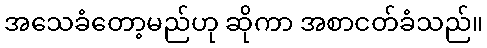
အသေခံတော့မည်ဟု ဆိုကာ အစာငတ်ခံသည်။